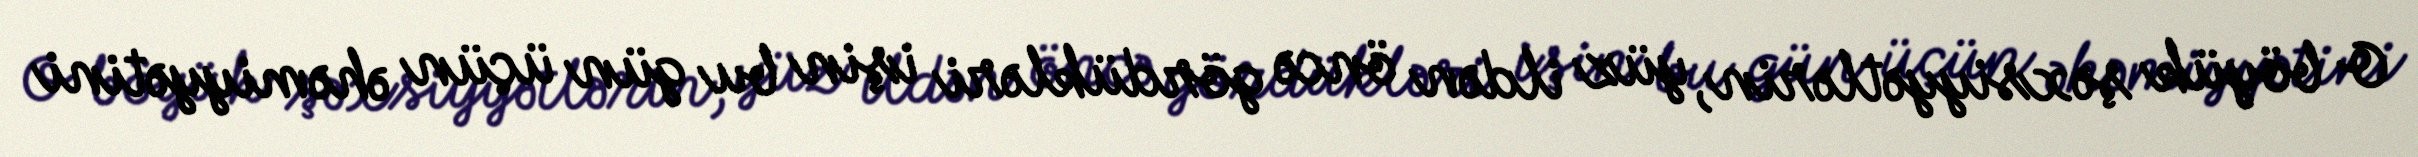
O böyük şəxsiyyətlərin, yüz ildən öncə gördükləri işin bu gün üçün əhəmiyyətini